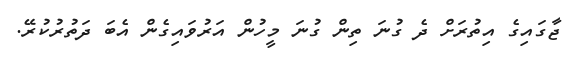
ޖާގައިގެ އިތުރަށް ދެ ގުނަ ތިން ގުނަ މީހުން އަރުވައިގެން އެބަ ދަތުރުކުރޭ.